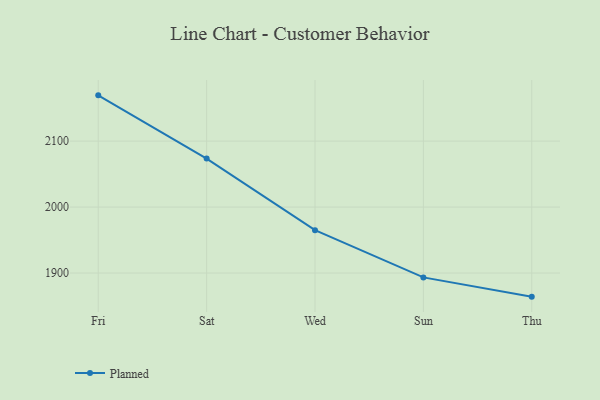
{"axis": {"x": "Day", "y": "Tickets Resolved"}, "legend": ["Planned"], "data": [{"x": "Fri", "y": 2169.4, "type": "Planned"}, {"x": "Sat", "y": 2073.5, "type": "Planned"}, {"x": "Wed", "y": 1965.0, "type": "Planned"}, {"x": "Sun", "y": 1893.4, "type": "Planned"}, {"x": "Thu", "y": 1864.2, "type": "Planned"}]}